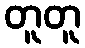
တူတူ